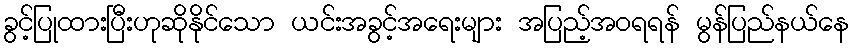
ခွင့်ပြုထားပြီးဟုဆိုနိုင်သော ယင်းအခွင့်အရေးများ အပြည့်အဝရရန် မွန်ပြည်နယ်နေ